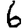
Digit: 6